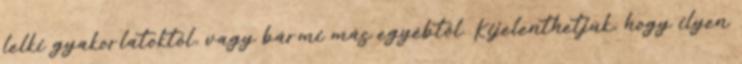
lelki gyakorlatoktól, vagy bármi más egyébtől. Kijelenthetjük, hogy ilyen